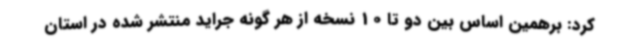
کرد: برهمین اساس بین دو تا 10 نسخه از هر گونه جراید منتشر شده در استان